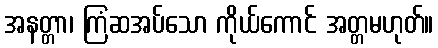
အနတ္တာ၊ ကြံဆအပ်သော ကိုယ်ကောင် အတ္တမဟုတ်။